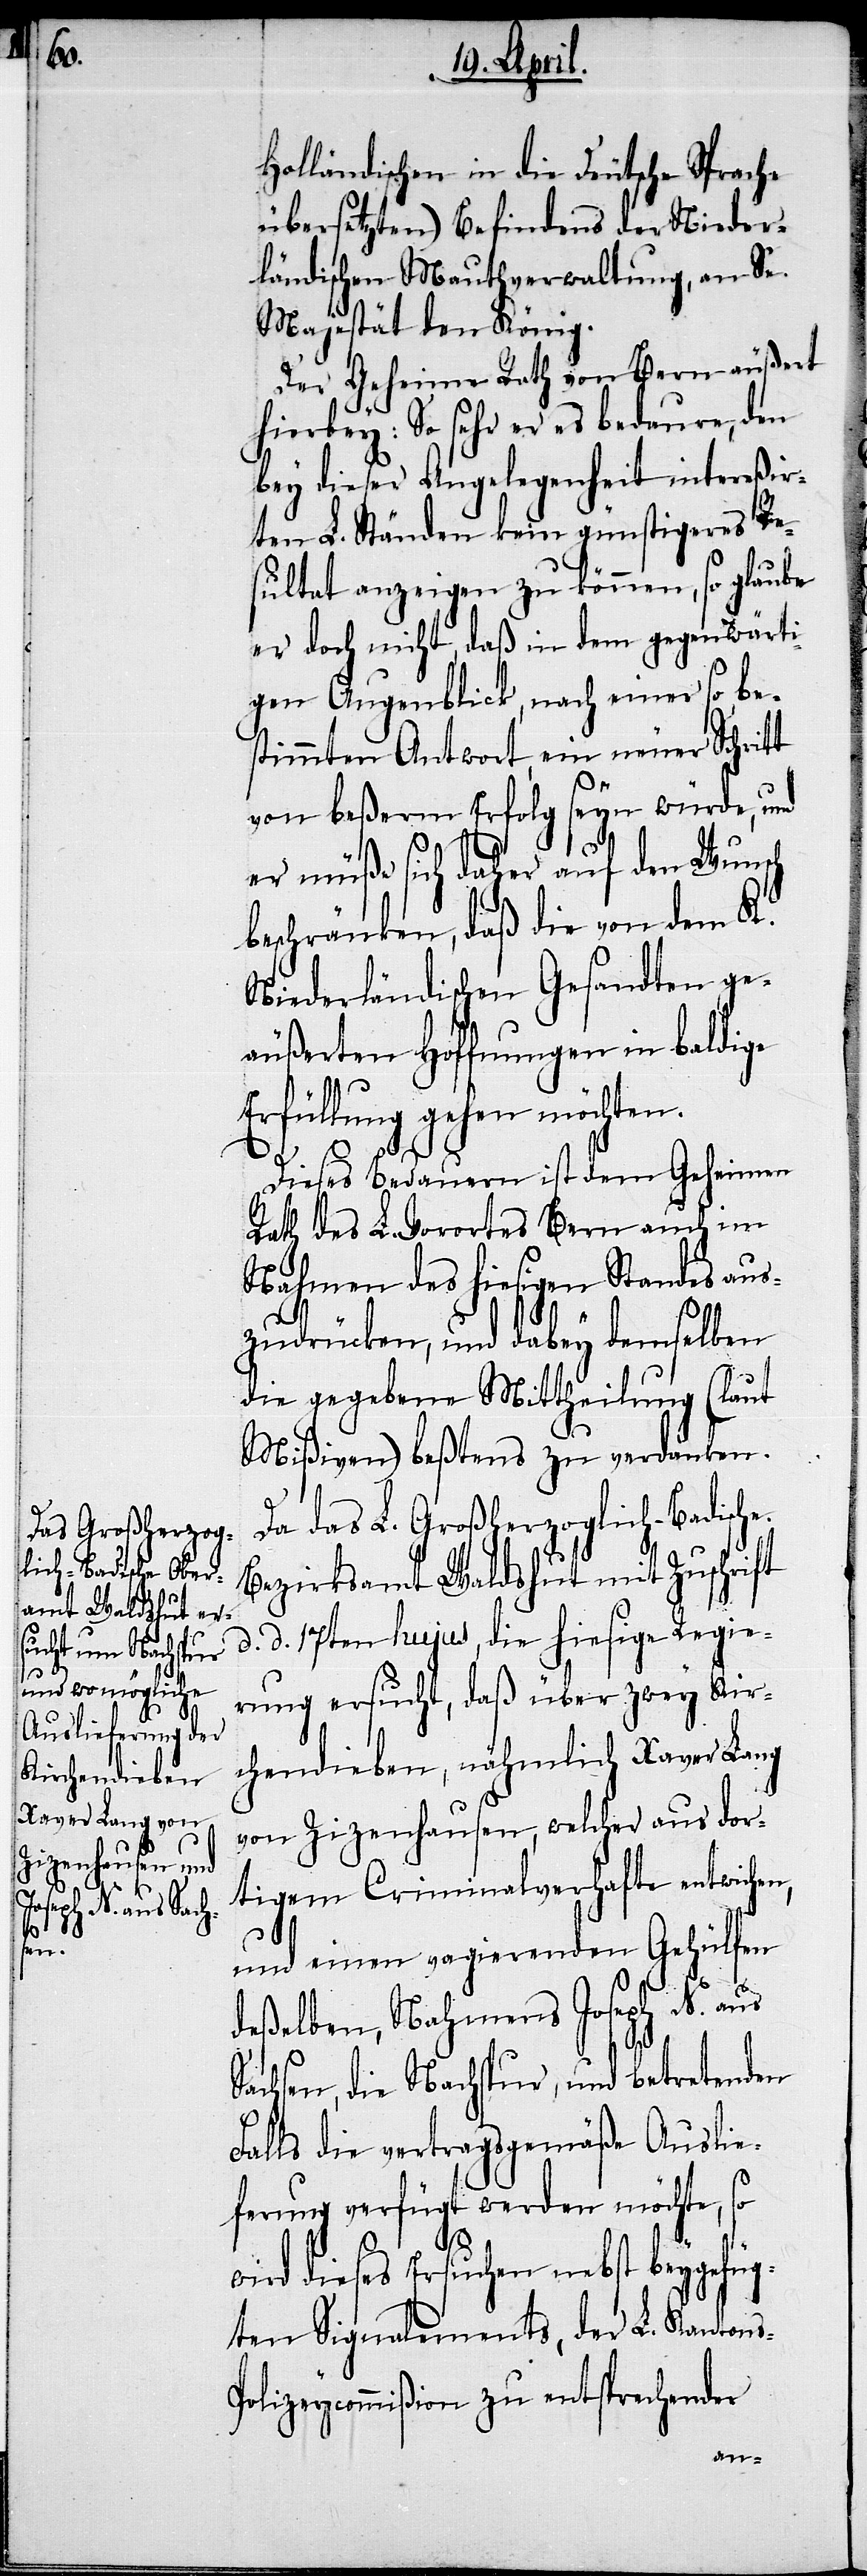
Holländischen in die Deutsche Sprache
übersetzten) Befindens der Nieder¬
ländischen Mauthverwaltung, an Se.
Majestät den König.
Der Geheime Rath von Bern äußert
hierbey: So sehr er es bedaure, den
bey dieser Angelegenheit intereßir¬
ten L. Ständen kein günstigeres Re¬
sultat anzeigen zu können, so glaube
er doch nicht, daß in dem gegenwärti¬
gen Augenblick, nach einer so be¬
stimmten Antwort, ein neuer Schritt
von beßerm Erfolg seyn würde, und
er müße sich daher auf den Wunsch
beschränken, daß die von dem K.
Niederländischen Gesandten ge¬
äußerten Hoffnungen in baldige
Erfüllung gehen möchten.
Dieses Bedauern ist dem Geheimen
Rath des L. Vorortes Bern auch im
Nahmen des hiesigen Standes aus¬
zudrücken, und dabey demselben
die gegebene Mittheilung (laut
Mißiven) beßtens zu verdanken.
Da das L. Großherzoglich-Badische
Bezirksamt Waldshut mit Zuschrift
d. d. 17ten hujus, die hiesige Regie¬
rung ersucht, daß über zwey Kir¬
chendieben, nähmlich Xaver Lang
von Zizenhausen, welcher aus dor¬
tigem Criminalverhafte entwichen,
und einem vagierenden Gehülfen
deßelben, Nahmens Joseph N. aus
Sachsen, die Nachspur, und betretenden
Falls die vertragsgemäße Auslie¬
ferung verfügt werden möchte, so
wird dieses Ersuchen nebst beygefüg¬
ten Signalements, der L. Kantons-P¬
olizeycommißion zu entsprechender